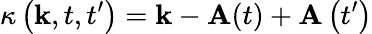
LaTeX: \kappa\left(\textbf{k},t,t^{\prime}\right)=\mathbf{k}-\mathbf{A}(t)+\mathbf{A}\left(t^{\prime}\right)